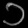
Digit: ၁